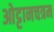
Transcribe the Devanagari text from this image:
ओट्टानचत्रम